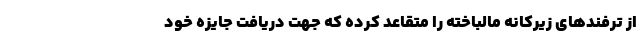
از ترفندهای زیرکانه مالباخته را متقاعد کرده که جهت دریافت جایزه خود